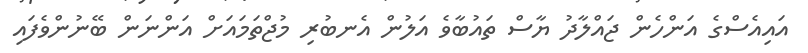
އައިއެސްގެ އަންހެން ޖައްލާދު ޔާސް ތައުބާވެ އަލުން އެނބުރި މުޖްތަމައަށް އަންނަން ބޭނުންވެފައި